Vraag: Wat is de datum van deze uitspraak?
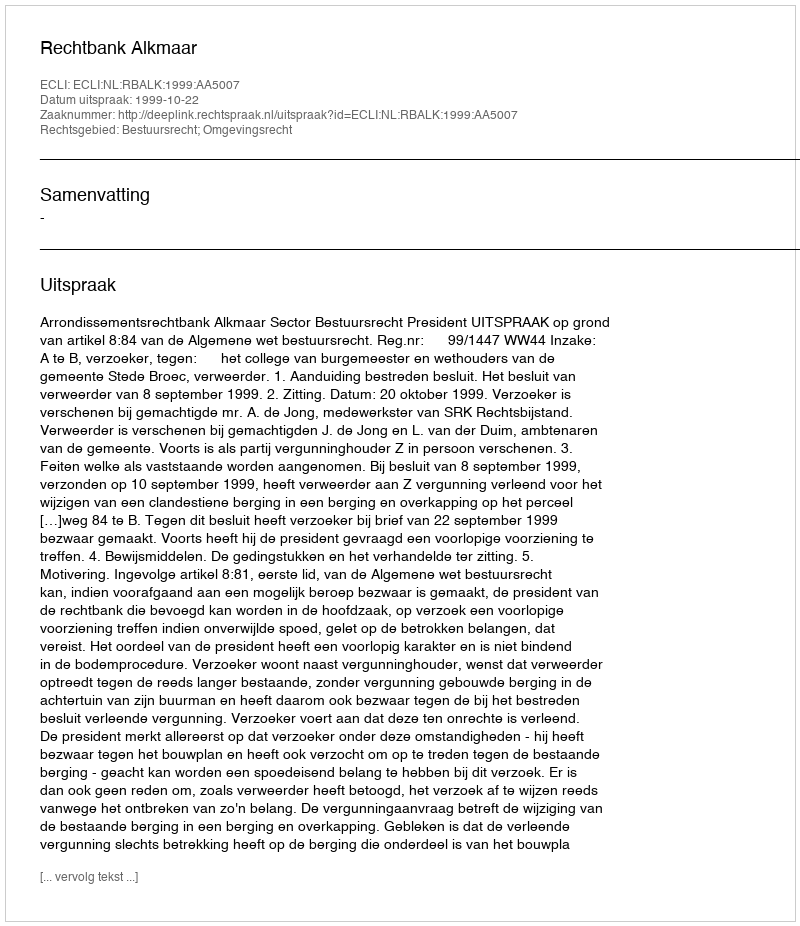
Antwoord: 1999-10-22